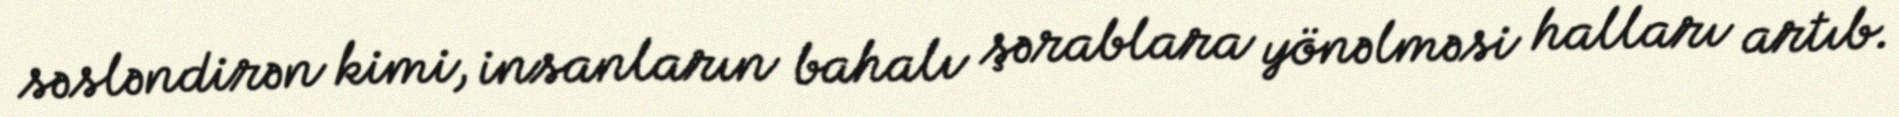
səsləndirən kimi, insanların bahalı şərablara yönəlməsi halları artıb.